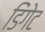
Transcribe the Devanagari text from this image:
डिंगेट